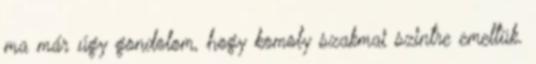
ma már úgy gondolom, hogy komoly szakmai szintre emeltük.